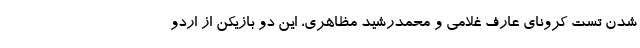
شدن تست کرونای عارف غلامی و محمدرشید مظاهری، این دو بازیکن از اردو